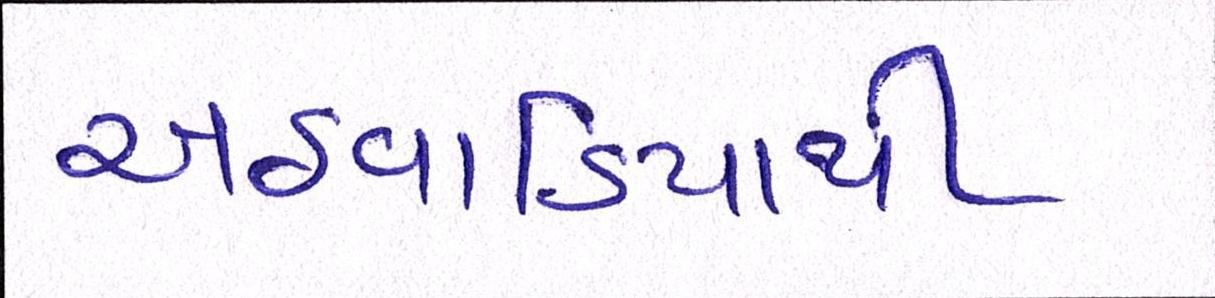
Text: અઠવાડિયાથી